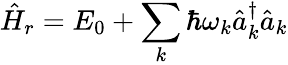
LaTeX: \hat{H}_{r}=E_{0}+\sum_{k}\hbar\omega_{k}\hat{a}_{k}^{\dagger}\hat{a}_{k}